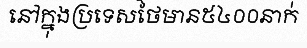
នៅក្នុងប្រទេសថៃមាន៥៤០០នាក់